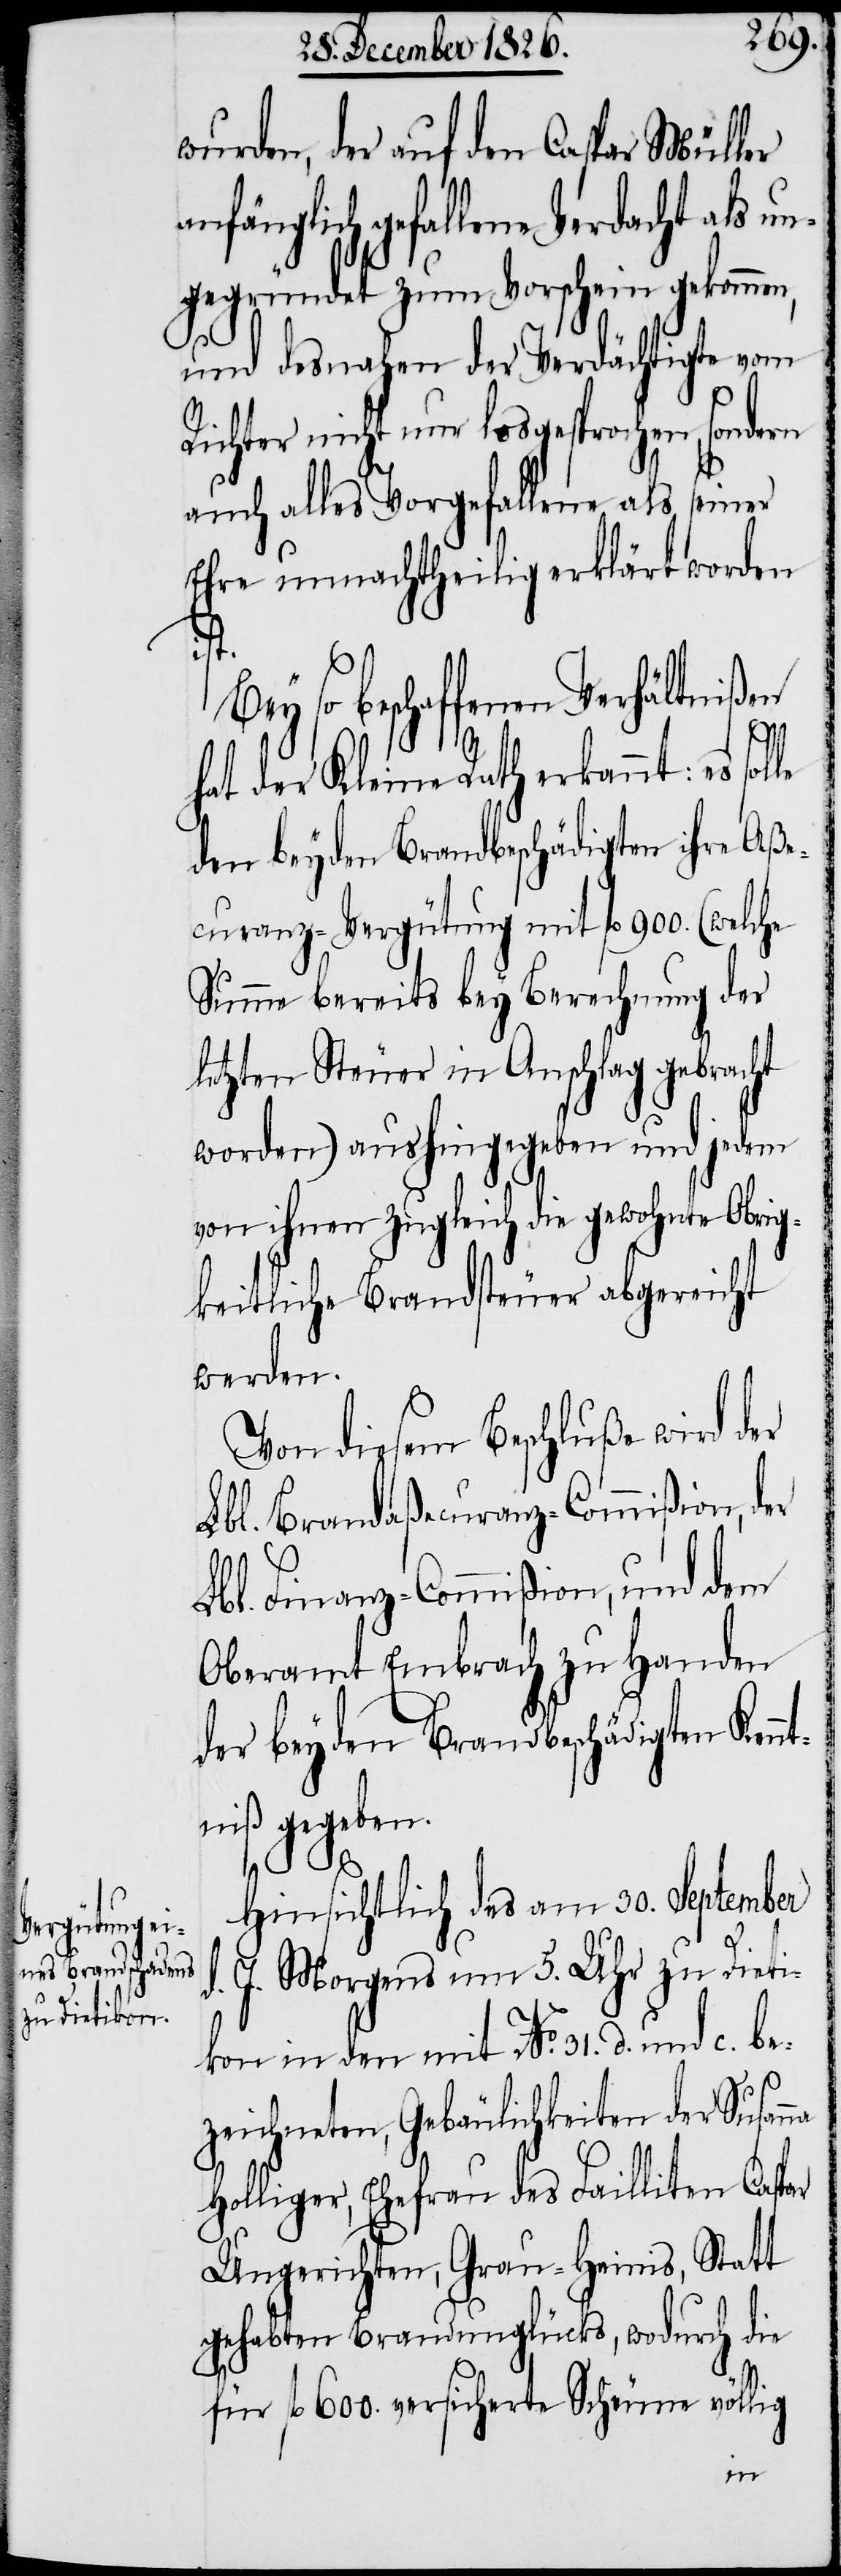
wurden, der auf den Caspar Müller
nfänglich gefallene Verdacht als u¬
ngegründet zum Vorschein gekommen,
und desnahen der Verdächtigte vom
Richter nicht nur losgesprochen, sondern
auch alles Vorgefallene als seiner
Ehre unnachtheilig erklärt worden
ist.
Bey so beschaffenen Verhältnißen
hat der Kleine Rath erkannt: es sol¬
den beyden Brandbeschädigten ihre Aße¬
curanz-Vergütung mit fl. 900. (welche
Summe bereits bey Berechnung der
letzten Steuer in Anschlag gebracht
worden) aushingegeben und jedem
von ihnen zugleich die gewohnte Obri¬
gkeitliche Brandsteuer abgereicht
werden.
Von diesem Beschluße wird der
der
Lbl. Brandaßecuranz-Commißion,
Lbl. Finanz-Commißion, und dem
Oberamt Embrach zu Handen
der beyden Brandbeschädigten Kenn¬
tniß gegeben.
d.
Hinsichtlich des am 30. September
J. Morgens um 5. Uhr zu Dieti¬
kon in den mit No. 31. d. und c. be¬
zeichneten, Gebäulichkeiten der Susan¬
Holliger, Ehefrau des Failliten Caspar
Ungerichten, Grau-Heinis, Statt
gehabten Brandunglücks, wodurch die
für fl. 600. versicherte Scheune völlig
na